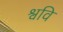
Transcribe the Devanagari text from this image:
श्ववि